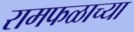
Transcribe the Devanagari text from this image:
रामफळाच्या